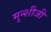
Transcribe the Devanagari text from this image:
मुन्शीजी